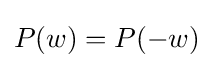
P(w)=P(-w)